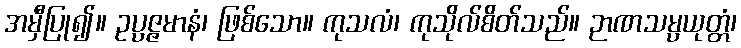
အမှီပြု၍။ ဥပ္ပဇ္ဇမာနံ၊ ဖြစ်သော။ ကုသလံ၊ ကုသိုလ်စိတ်သည်။ ဉာဏသမ္ပယုတ္တံ၊